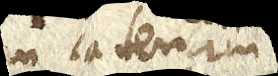
in catenam